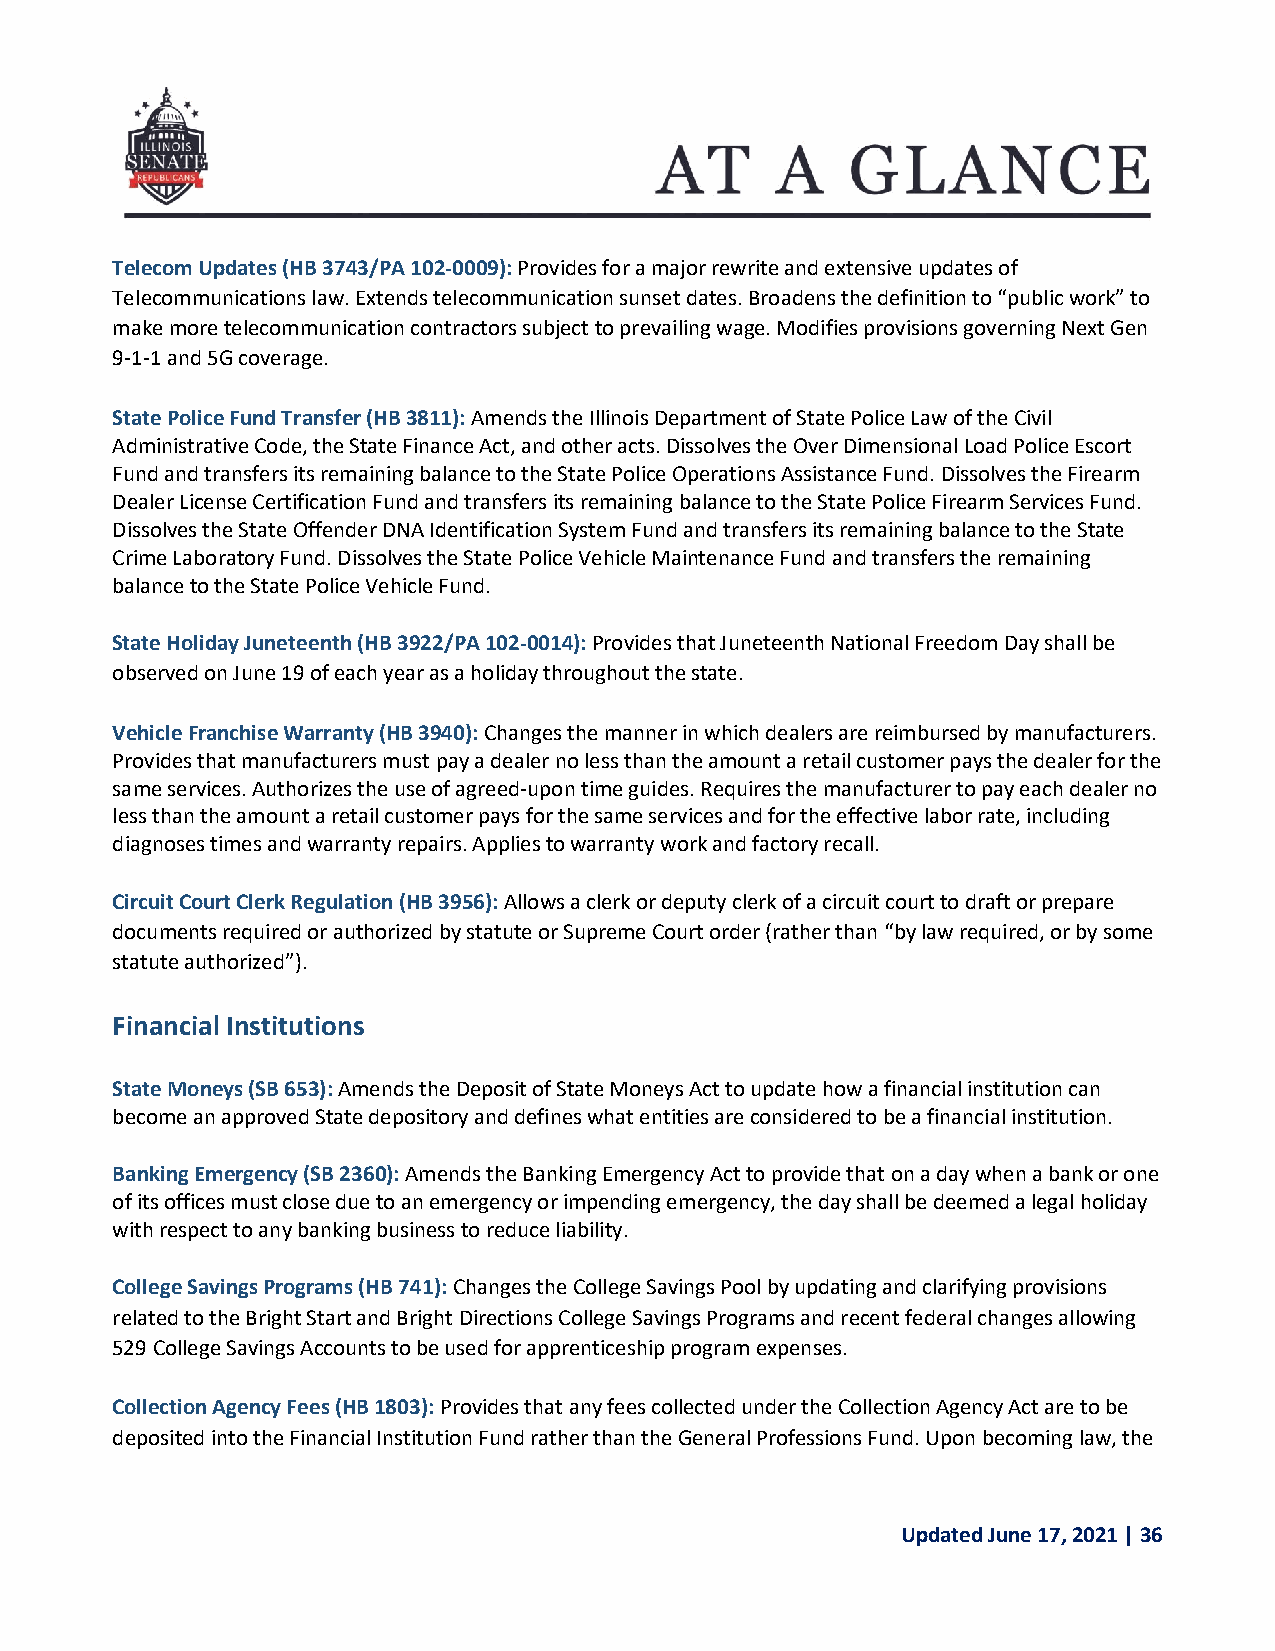
Telecom Updates (HB 3743/PA 102-0009): Provides for a major rewrite and extensive updates of
 Telecommunications law. Extends telecommunication sunset dates. Broadens the definition to “public work” to
 make more telecommunication contractors subject to prevailing wage. Modifies provisions governing Next Gen
 9-1-1 and 5G coverage.
 State Police Fund Transfer (HB 3811): Amends the Illinois Department of State Police Law of the Civil
 Administrative Code, the State Finance Act, and other acts. Dissolves the Over Dimensional Load Police Escort
 Fund and transfers its remaining balance to the State Police Operations Assistance Fund. Dissolves the Firearm
 Dealer License Certification Fund and transfers its remaining balance to the State Police Firearm Services Fund.
 Dissolves the State Offender DNA Identification System Fund and transfers its remaining balance to the State
 Crime Laboratory Fund. Dissolves the State Police Vehicle Maintenance Fund and transfers the remaining
 balance to the State Police Vehicle Fund.
 State Holiday Juneteenth (HB 3922/PA 102-0014): Provides that Juneteenth National Freedom Day shall be
 observed on June 19 of each year as a holiday throughout the state.
 Vehicle Franchise Warranty (HB 3940): Changes the manner in which dealers are reimbursed by manufacturers.
 Provides that manufacturers must pay a dealer no less than the amount a retail customer pays the dealer for the
 same services. Authorizes the use of agreed-upon time guides. Requires the manufacturer to pay each dealer no
 less than the amount a retail customer pays for the same services and for the effective labor rate, including
 diagnoses times and warranty repairs. Applies to warranty work and factory recall.
 Circuit Court Clerk Regulation (HB 3956): Allows a clerk or deputy clerk of a circuit court to draft or prepare
 documents required or authorized by statute or Supreme Court order (rather than “by law required, or by some
 statute authorized”).
 Financial Institutions
 State Moneys (SB 653): Amends the Deposit of State Moneys Act to update how a financial institution can
 become an approved State depository and defines what entities are considered to be a financial institution.
 Banking Emergency (SB 2360): Amends the Banking Emergency Act to provide that on a day when a bank or one
 of its offices must close due to an emergency or impending emergency, the day shall be deemed a legal holiday
 with respect to any banking business to reduce liability.
 College Savings Programs (HB 741): Changes the College Savings Pool by updating and clarifying provisions
 related to the Bright Start and Bright Directions College Savings Programs and recent federal changes allowing
 529 College Savings Accounts to be used for apprenticeship program expenses.
 Collection Agency Fees (HB 1803): Provides that any fees collected under the Collection Agency Act are to be
 deposited into the Financial Institution Fund rather than the General Professions Fund. Upon becoming law, the
 Updated June 17, 2021 | 36